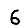
Digit: 6